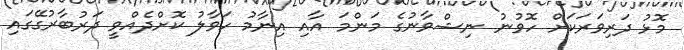
މޮޅު ދަރިވަރަކަށް ހޮވުނު ނިޝްވާނުގެ މަންމަ އާއި އިނާމު ހަވާލު ކޮށްދެއްވީ ދަރުބާރުގޭގައި